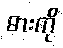
ဓားကို